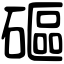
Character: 𥕥